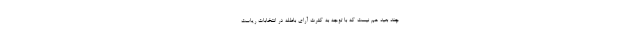
چند بعید هم نیست که با توجه به کثرت آرای باطله در انتخابات ریاست